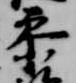
参